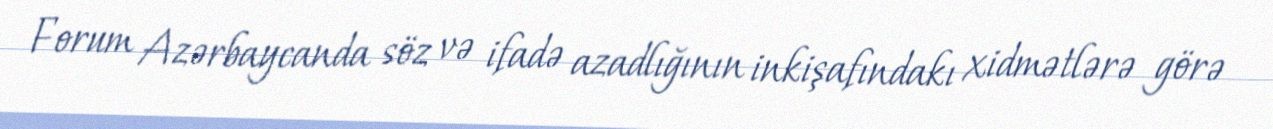
Forum Azərbaycanda söz və ifadə azadlığının inkişafındakı xidmətlərə görə